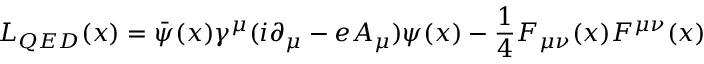
{ \cal { L } } _ { Q E D } ( x ) = \bar { \psi } ( x ) \gamma ^ { \mu } ( i \partial _ { \mu } - e A _ { \mu } ) \psi ( x ) - \frac { 1 } { 4 } F _ { \mu \nu } ( x ) F ^ { \mu \nu } ( x )